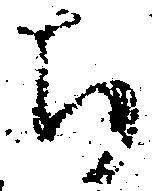
ち